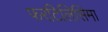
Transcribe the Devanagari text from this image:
फरटिलिसिमा